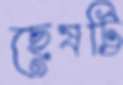
ছেষট্টি